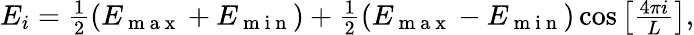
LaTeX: \begin{array}{r}{E_{i}=\frac{1}{2}(E_{\mathrm{~m~a~x~}}+E_{\mathrm{~m~i~n~}})+\frac{1}{2}(E_{\mathrm{~m~a~x~}}-E_{\mathrm{~m~i~n~}})\cos\left[\frac{4\pi i}{L}\right],}\end{array}